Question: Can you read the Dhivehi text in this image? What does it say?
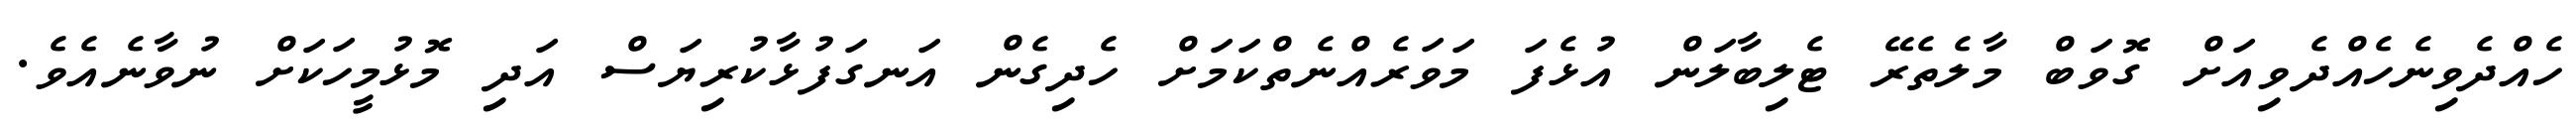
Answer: ހެއްދެވިނެހެއްދެވިއަށް ގޮވަބް މާލެތެރޭ ޓެލިބާލަން އުޅެފަ މަވަރެއްނެތްކަމަށް ހެދިގެން އަނގަފުޅާކުރިޔަސް އަދި މޮޅުމީހަކަށް ނުވާނެއެވެ.